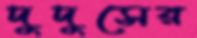
দুদুসের